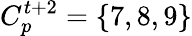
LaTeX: C_{p}^{t+2}=\{ 7,8,9\}